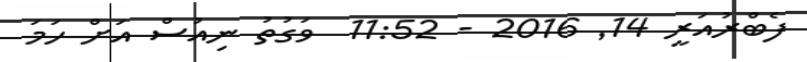
ފެބްރުއަރީ 14